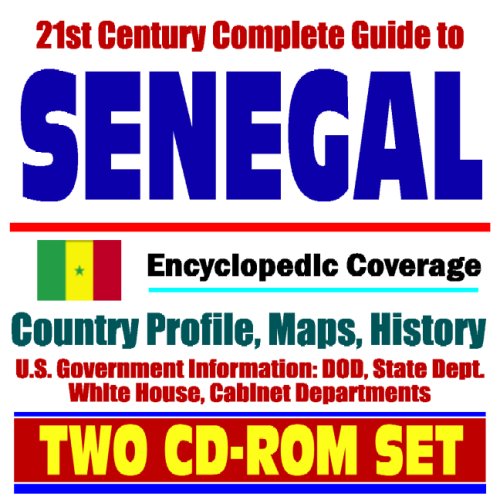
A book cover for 21st Century Complete Guide to Senegal (the Independent State of Senegal) - Encyclopedic Coverage, Country Profile, History, DOD, State Dept., White House, CIA Factbook (Two CD-ROM Set); U.S. Government; Travel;